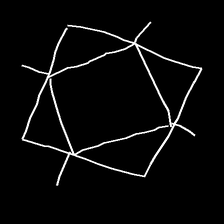
Glyph: light